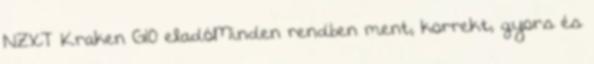
NZXT Kraken G10 eladóMinden rendben ment, korrekt, gyors és